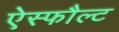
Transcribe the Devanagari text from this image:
ऐस्फौल्ट